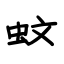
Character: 蚊